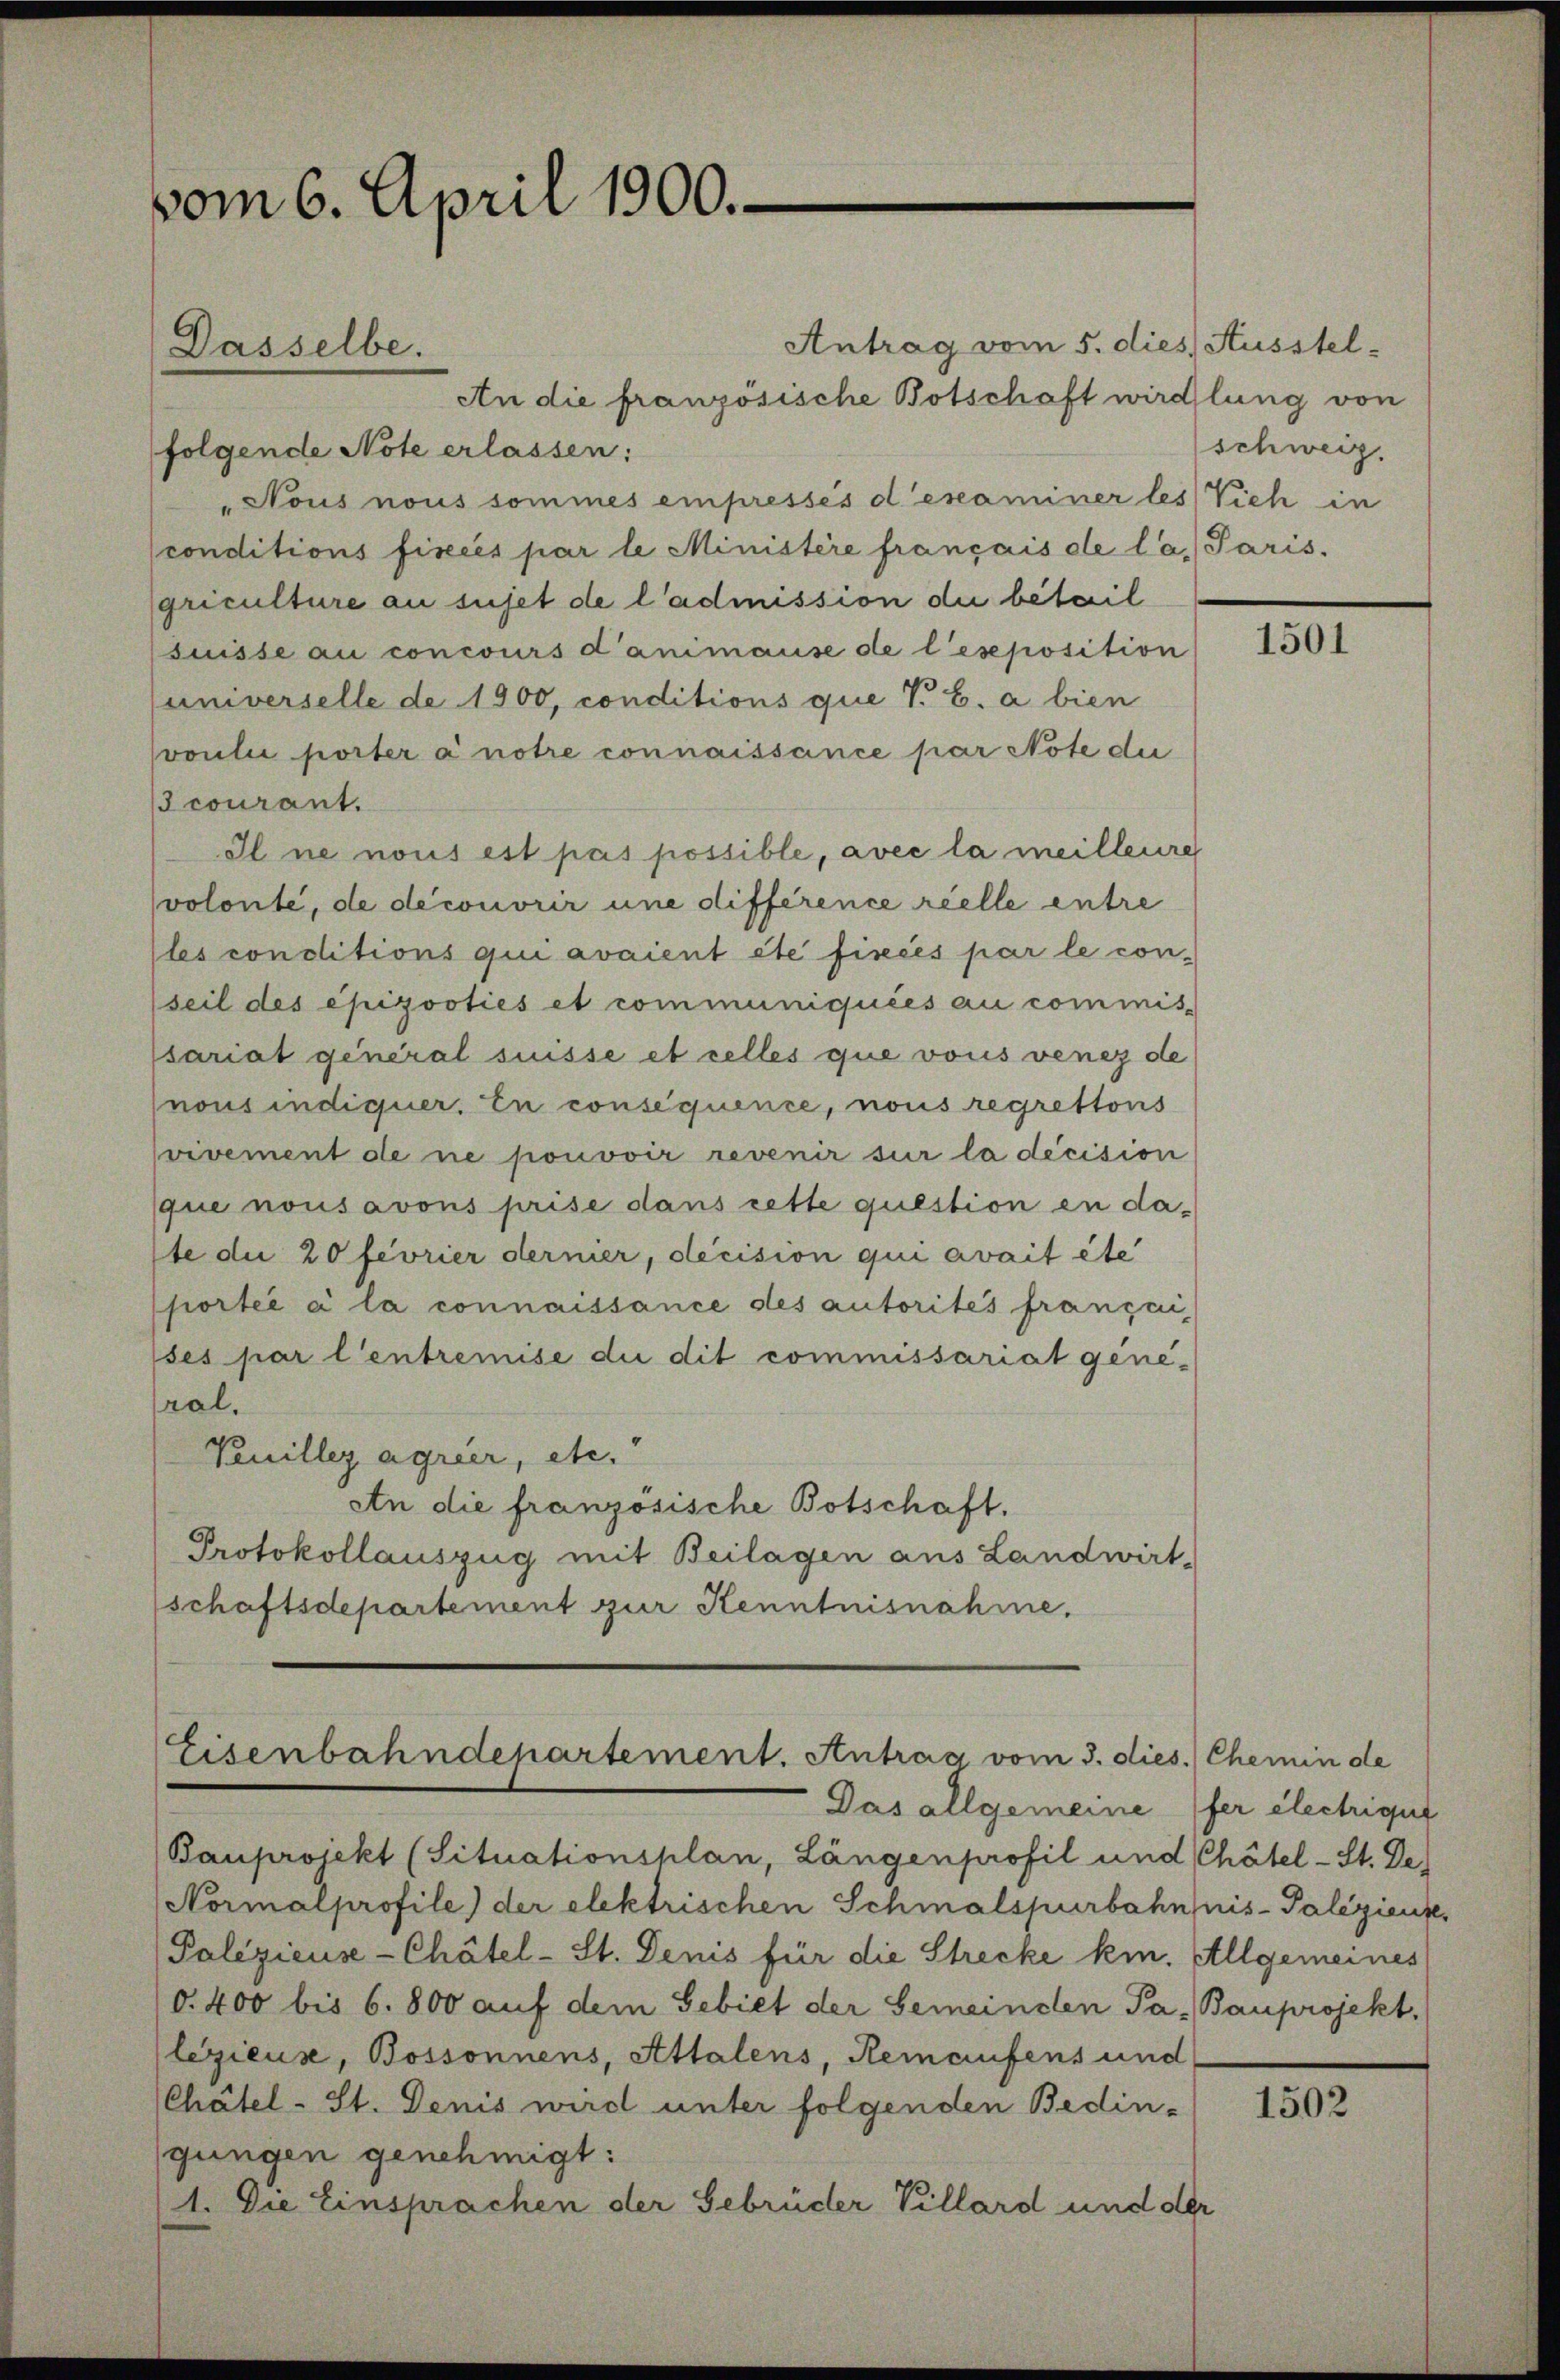
vom 6. April 1900.

Antrag vom 5. dies Ausstel¬
An die französische Botschaft wirdlung von
folgende Note erlassen:
"Nous nous sommes empressés d’examiner les Vieh in
conditions fixées par le Ministere français de la Paris.
griculture au sujet de l’admission die betail
suisse au concours danimause de l’eseposition
universelle de 1900, conditions que V. B. a bien
voulue porter a notre connaissance par Note die
courant.
Il ne nous est pas possible, avec la meilleure
volonté, de découvrir une différence réelle entre
lles conditions qui avaient été fixées par le con-
seil des epizooties et communiquées au commis-
sariat general suisse et celles que vous venez de
nous indiquer. En consequence, nous regrettons
vivement de ne pouvoir revenir sur la décision
que nous avons prise dans rette question in daste die 20 féorier dermer, decision qui avait éte
portée à la connaissance des autorités françai
ses par l’entremise die dit commissariat gene-
ral.
Venillez agrier, etc.“
An die französische Botschaft.
Protokollauszug mit Beilagen aus Landwirt-
schaftsdepartement zur Kenntnisnahme.

Dasselbe.

Eisenbahndepartement. Antrag vom 3. dies.) Chemin de
Das allgemeine fer electrigut

Bauprojekt (Situationsplan, Längenprofil und Chätel-St. De
Normalprofile) der elektrischen Schmalspurbahn nis- Paliziente,
Palezieuse-Chätel-St. Denis für die Strecke km. Allgemeines
(d. 400 bis 6. 800 auf dem Gebiet der Gemeinden Pa- Bauprojekt,
lezieuse, Bossonnens, Attalens, Remaufens und
CChätel-St. Denis wird unter folgenden Bedin-
gungen genehmigt:
1. Die Einsprachen der Gebrüder Villard und der

schweiz.

1501

1502